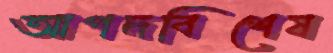
আপদবিশেষ